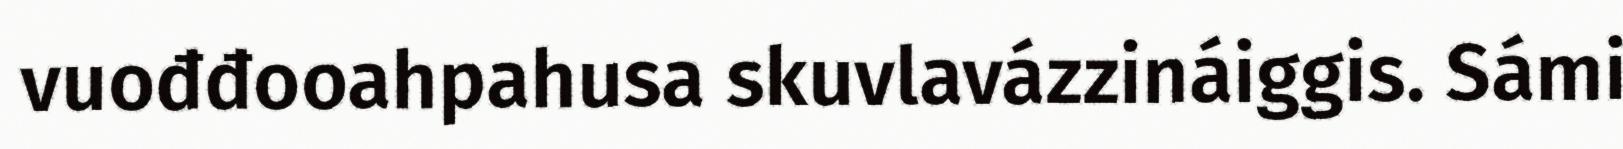
vuođđooahpahusa skuvlavázzináiggis. Sámi